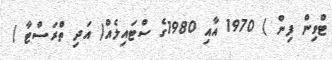
ޓްވިން ފިން ) 1970 އާއި 1980ގެ ސްޓައިލެއް( އަދި ތްރަސްޓާ )